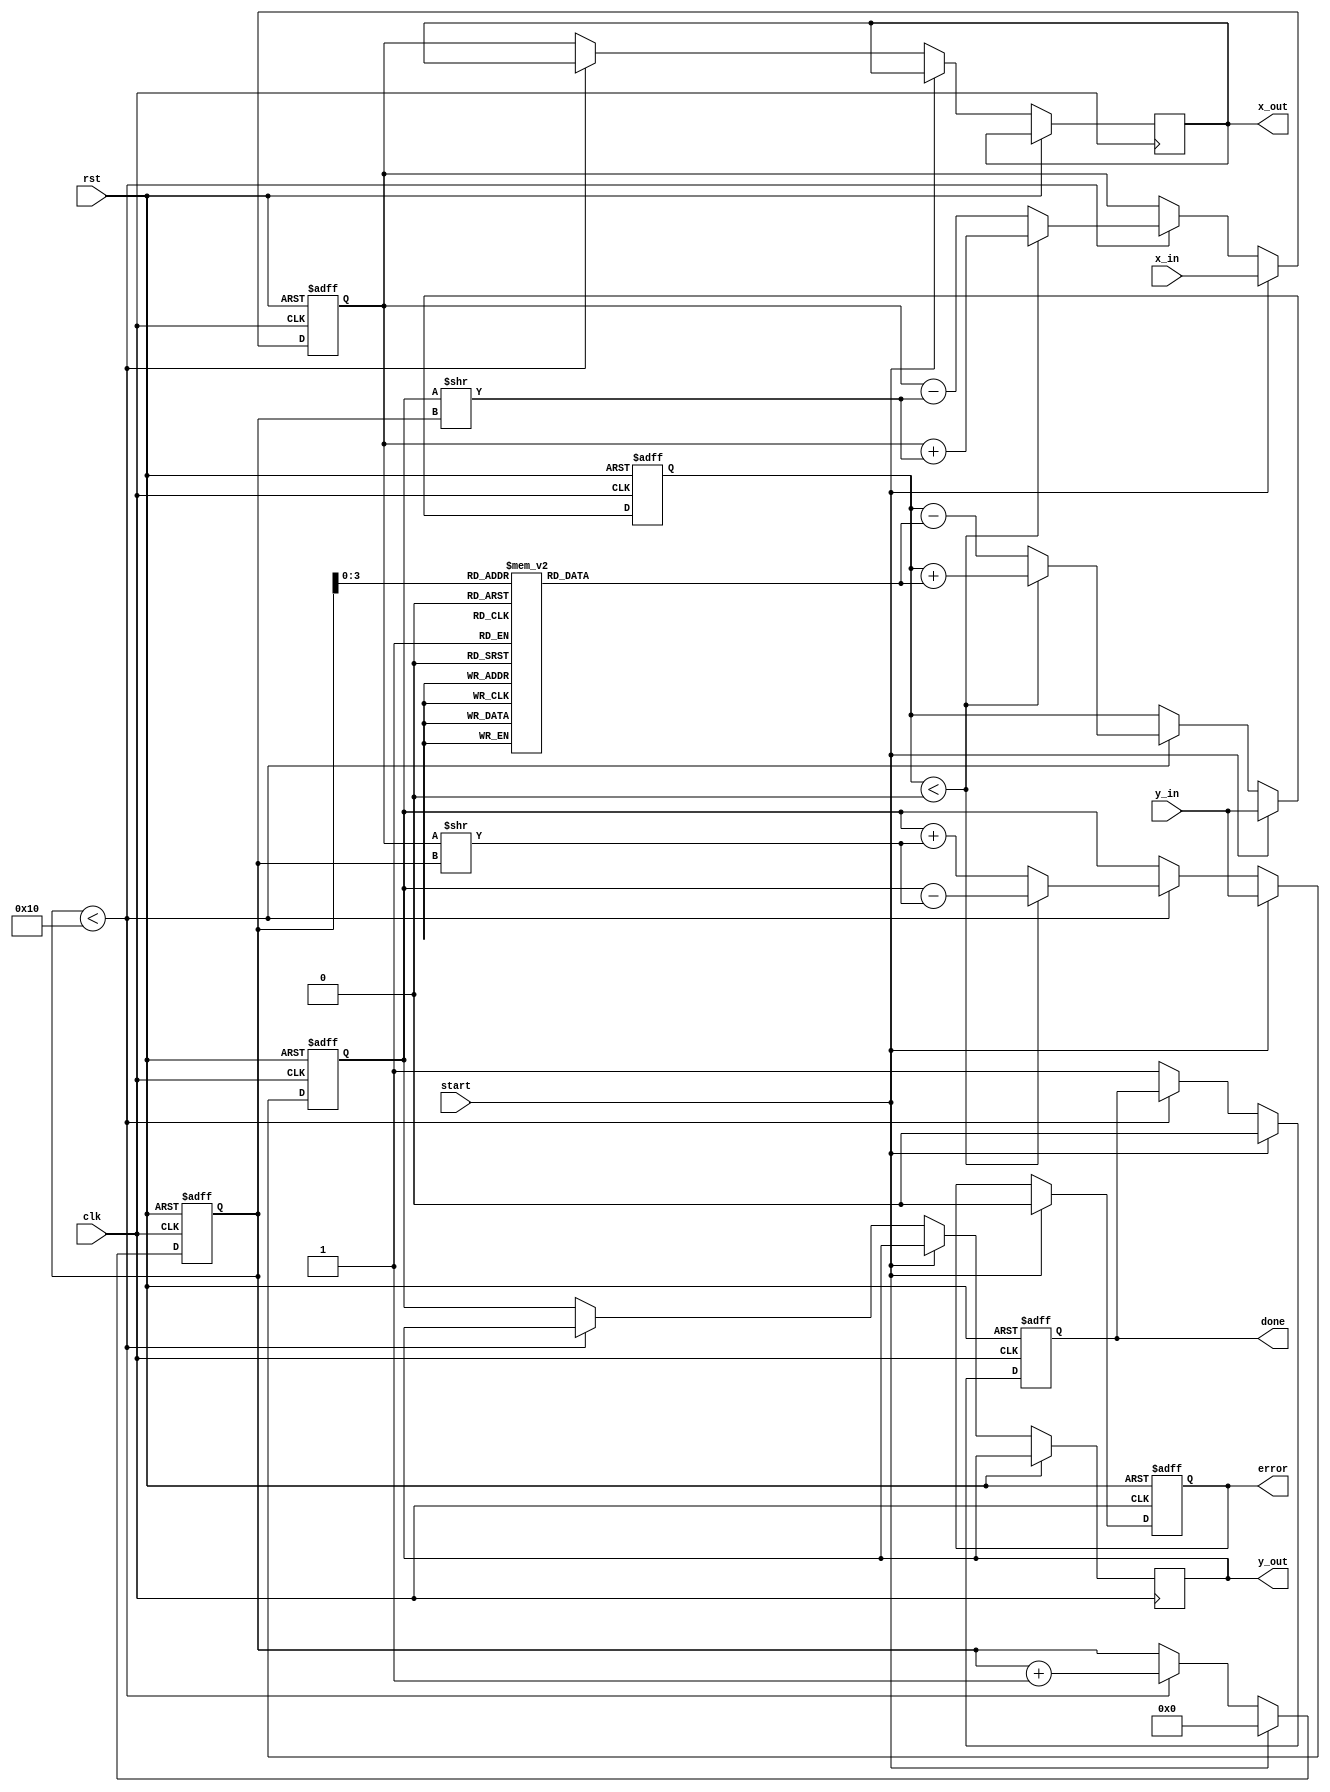
module Modified_CORDIC #(
    parameter WIDTH = 16,
    parameter ITERATIONS = 16
)(
    input clk,
    input rst,
    input start,
    input [WIDTH-1:0] x_in, // X coordinate or Magnitude
    input [WIDTH-1:0] y_in, // Y coordinate or Angle
    output reg [WIDTH-1:0] x_out, // Output X
    output reg [WIDTH-1:0] y_out, // Output Y or Angle
    output reg done,
    output reg error
);

    // CORDIC angle lookup table (arctangents)
    reg [WIDTH-1:0] atan_table [0:ITERATIONS-1];
    initial begin
        // Fill in with precomputed arctangent values scaled appropriately
        atan_table[0] = 16'h3C90; // atan(2^0) = 45 degrees
        atan_table[1] = 16'h3C30; // atan(2^-1) = 26.565 degrees
        atan_table[2] = 16'h3B50; // atan(2^-2) = 14.036 degrees
        // Continue filling in for other iterations...
    end

    // Internal registers for CORDIC computations
    reg [WIDTH-1:0] x, y, z;
    reg [4:0] iteration;
    reg [1:0] mode; // 0: rotation, 1: vectoring

    // State machine for control
    always @(posedge clk or posedge rst) begin
        if (rst) begin
            x <= 0;
            y <= 0;
            z <= 0;
            iteration <= 0;
            done <= 0;
            error <= 0;
        end else if (start) begin
            // Initialize inputs
            x <= x_in;
            y <= y_in;
            z <= y_in; // If using vectoring mode, set it to angle
            iteration <= 0;
            done <= 0;
            error <= 0;
        end else if (iteration < ITERATIONS) begin
            // CORDIC rotation logic
            if (z < 0) begin
                // Rotate clockwise
                x <= x + (y >> iteration);
                y <= y - (x >> iteration);
                z <= z + atan_table[iteration];
            end else begin
                // Rotate counter-clockwise
                x <= x - (y >> iteration);
                y <= y + (x >> iteration);
                z <= z - atan_table[iteration];
            end
            iteration <= iteration + 1;
        end else begin
            // Operation done
            done <= 1;
            x_out <= x;
            y_out <= y;
        end
    end

endmodule